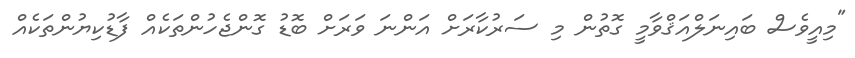
"މިއީވެސް ބައިނަލްއަޤްވާމީ ގޮތުން މި ސަރުކާރަށް އަންނަ ވަރަށް ބޮޑު ގޮންޖެހުންތަކެއް ފާޑުކިޔުންތަކެއް